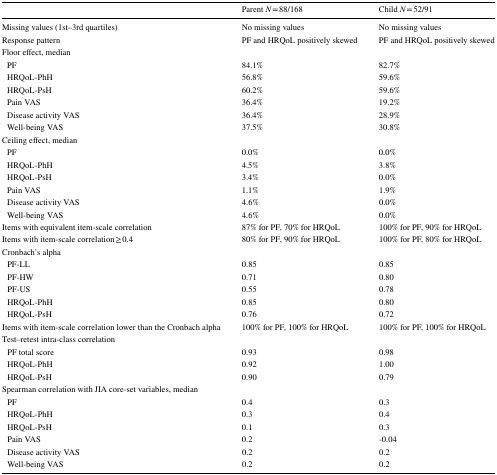
<table><thead><tr><td></td><td><b>Parent <i>N</i> = 88/168</b></td><td><b>Child <i>N</i> = 52/91</b></td></tr></thead><tbody><tr><td>Missing values (1st–3rd quartiles)</td><td>No missing values</td><td>No missing values</td></tr><tr><td>Response pattern</td><td>PF and HRQoL positively skewed</td><td>PF and HRQoL positively skewed</td></tr><tr><td>Floor effect, median</td><td></td><td></td></tr><tr><td> PF</td><td>84.1%</td><td>82.7%</td></tr><tr><td> HRQoL-PhH</td><td>56.8%</td><td>59.6%</td></tr><tr><td> HRQoL-PsH</td><td>60.2%</td><td>59.6%</td></tr><tr><td> Pain VAS</td><td>36.4%</td><td>19.2%</td></tr><tr><td> Disease activity VAS</td><td>36.4%</td><td>28.9%</td></tr><tr><td> Well-being VAS</td><td>37.5%</td><td>30.8%</td></tr><tr><td>Ceiling effect, median</td><td></td><td></td></tr><tr><td> PF</td><td>0.0%</td><td>0.0%</td></tr><tr><td> HRQoL-PhH</td><td>4.5%</td><td>3.8%</td></tr><tr><td> HRQoL-PsH</td><td>3.4%</td><td>0.0%</td></tr><tr><td> Pain VAS</td><td>1.1%</td><td>1.9%</td></tr><tr><td> Disease activity VAS</td><td>4.6%</td><td>0.0%</td></tr><tr><td> Well-being VAS</td><td>4.6%</td><td>0.0%</td></tr><tr><td>Items with equivalent item-scale correlation</td><td>87% for PF, 70% for HRQoL</td><td>100% for PF, 90% for HRQoL</td></tr><tr><td>Items with item-scale correlation ≥ 0.4</td><td>80% for PF, 90% for HRQoL</td><td>100% for PF, 80% for HRQoL</td></tr><tr><td>Cronbach’s alpha</td><td></td><td></td></tr><tr><td> PF-LL</td><td>0.85</td><td>0.85</td></tr><tr><td> PF-HW</td><td>0.71</td><td>0.80</td></tr><tr><td> PF-US</td><td>0.55</td><td>0.78</td></tr><tr><td> HRQoL-PhH</td><td>0.85</td><td>0.80</td></tr><tr><td> HRQoL-PsH</td><td>0.76</td><td>0.72</td></tr><tr><td>Items with item-scale correlation lower than the Cronbach alpha</td><td>100% for PF, 100% for HRQoL</td><td>100% for PF, 100% for HRQoL</td></tr><tr><td>Test–retest intra-class correlation</td><td></td><td></td></tr><tr><td> PF total score</td><td>0.93</td><td>0.98</td></tr><tr><td> HRQoL-PhH</td><td>0.92</td><td>1.00</td></tr><tr><td> HRQoL-PsH</td><td>0.90</td><td>0.79</td></tr><tr><td>Spearman correlation with JIA core-set variables, median</td><td></td><td></td></tr><tr><td> PF</td><td>0.4</td><td>0.3</td></tr><tr><td> HRQoL-PhH</td><td>0.3</td><td>0.4</td></tr><tr><td> HRQoL-PsH</td><td>0.1</td><td>0.3</td></tr><tr><td> Pain VAS</td><td>0.2</td><td>-0.04</td></tr><tr><td> Disease activity VAS</td><td>0.2</td><td>0.2</td></tr><tr><td> Well-being VAS</td><td>0.2</td><td>0.2</td></tr></tbody></table>